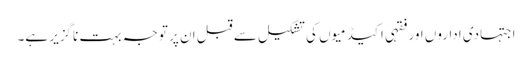
اجتہادی اداروں اور فقہی اکیڈمیوں کی تشکیل سے قبل ان پر توجہ بہت ناگزیر ہے۔